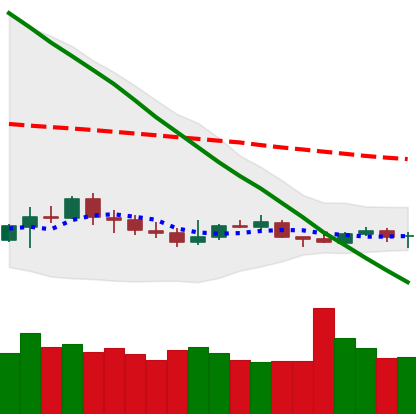
Ticker: ETC-USD
Chart end date: 2019-12-15
Forward return: 6.286%
Label: up_5_7